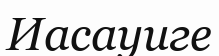
Иасауиге